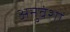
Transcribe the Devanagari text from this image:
अनुवंशों